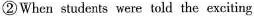
② When students were told the exciting